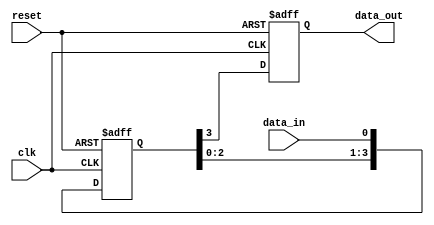
module four_flop_synchronizer (
    input wire clk,
    input wire reset,
    input wire data_in,
    output reg data_out
);

reg [3:0] sync_data;

always @(posedge clk or posedge reset) begin
    if (reset) begin
        sync_data <= 4'b0;
    end else begin
        sync_data <= {sync_data[2:0], data_in};
    end
end

always @(posedge clk or posedge reset) begin
    if (reset) begin
        data_out <= 1'b0;
    end else begin
        data_out <= sync_data[3];
    end
end

endmodule